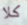
كلا